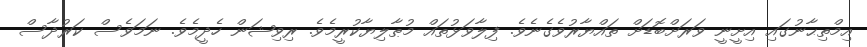
އިމްތިޙާނުގައި އިށީނީ ވަރަށްބޮޑަށް ތައްޔާރުވެގެނެވެ. ފިލާވަޅުތައް މުޠާލިޔާކުރީމެވެ. ރިވިޝަން ހެދީމެވެ. ނަމަވެސް ކަރުދާސް